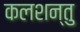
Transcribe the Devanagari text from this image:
कलशन्तु